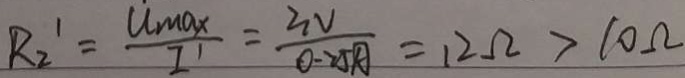
R _ { 2 } ^ { \prime } = \frac { u _ { \max } } { I ^ { \prime } } = \frac { 3 V } { 0 . 2 5 A } = 1 2 \Omega > 1 0 \Omega